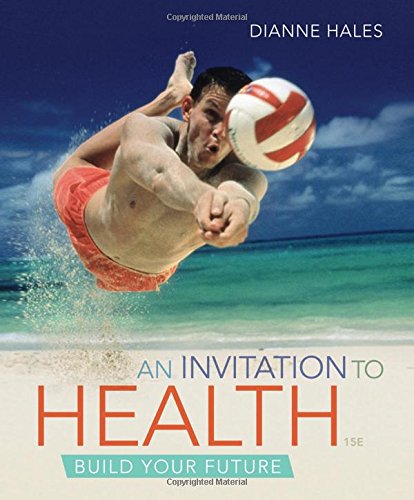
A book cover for An Invitation to Health; Dianne Hales; Medical Books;